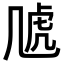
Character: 𧆡